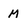
Character: m